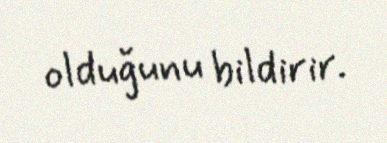
olduğunu bildirir.